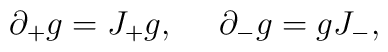
\partial_+ g  = J_+ g,{}~~~~\partial_- g  = gJ_-,